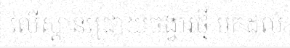
លើស្ពានជ្រោយចង្វារថ្មី មកដល់